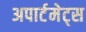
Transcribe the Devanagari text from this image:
अपार्टमेट्स